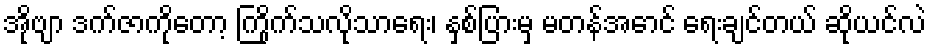
အိုဗျာ ဒက်ဇာကိုတော့ ကြိုက်သလိုသာရေး၊ နှစ်ပြားမှ မတန်အောင် ရေးချင်တယ် ဆိုယင်လဲ